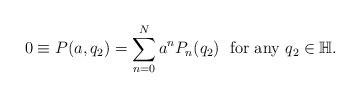
LaTeX: \begin{align*} 0\equiv P(a,q_2)=\sum_{n=0}^{N} a^nP_n(q_2) \;\ \mathrm{for\ any}\ q_2\in\mathbb{H}.\end{align*}